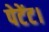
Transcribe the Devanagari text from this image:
पेटेंट।